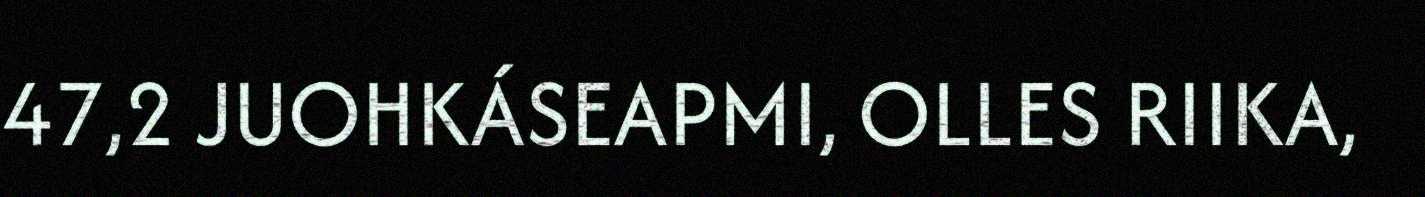
47,2 JUOHKÁSEAPMI, OLLES RIIKA,